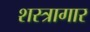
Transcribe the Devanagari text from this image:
शस्‍त्रागार